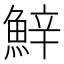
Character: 𩷔